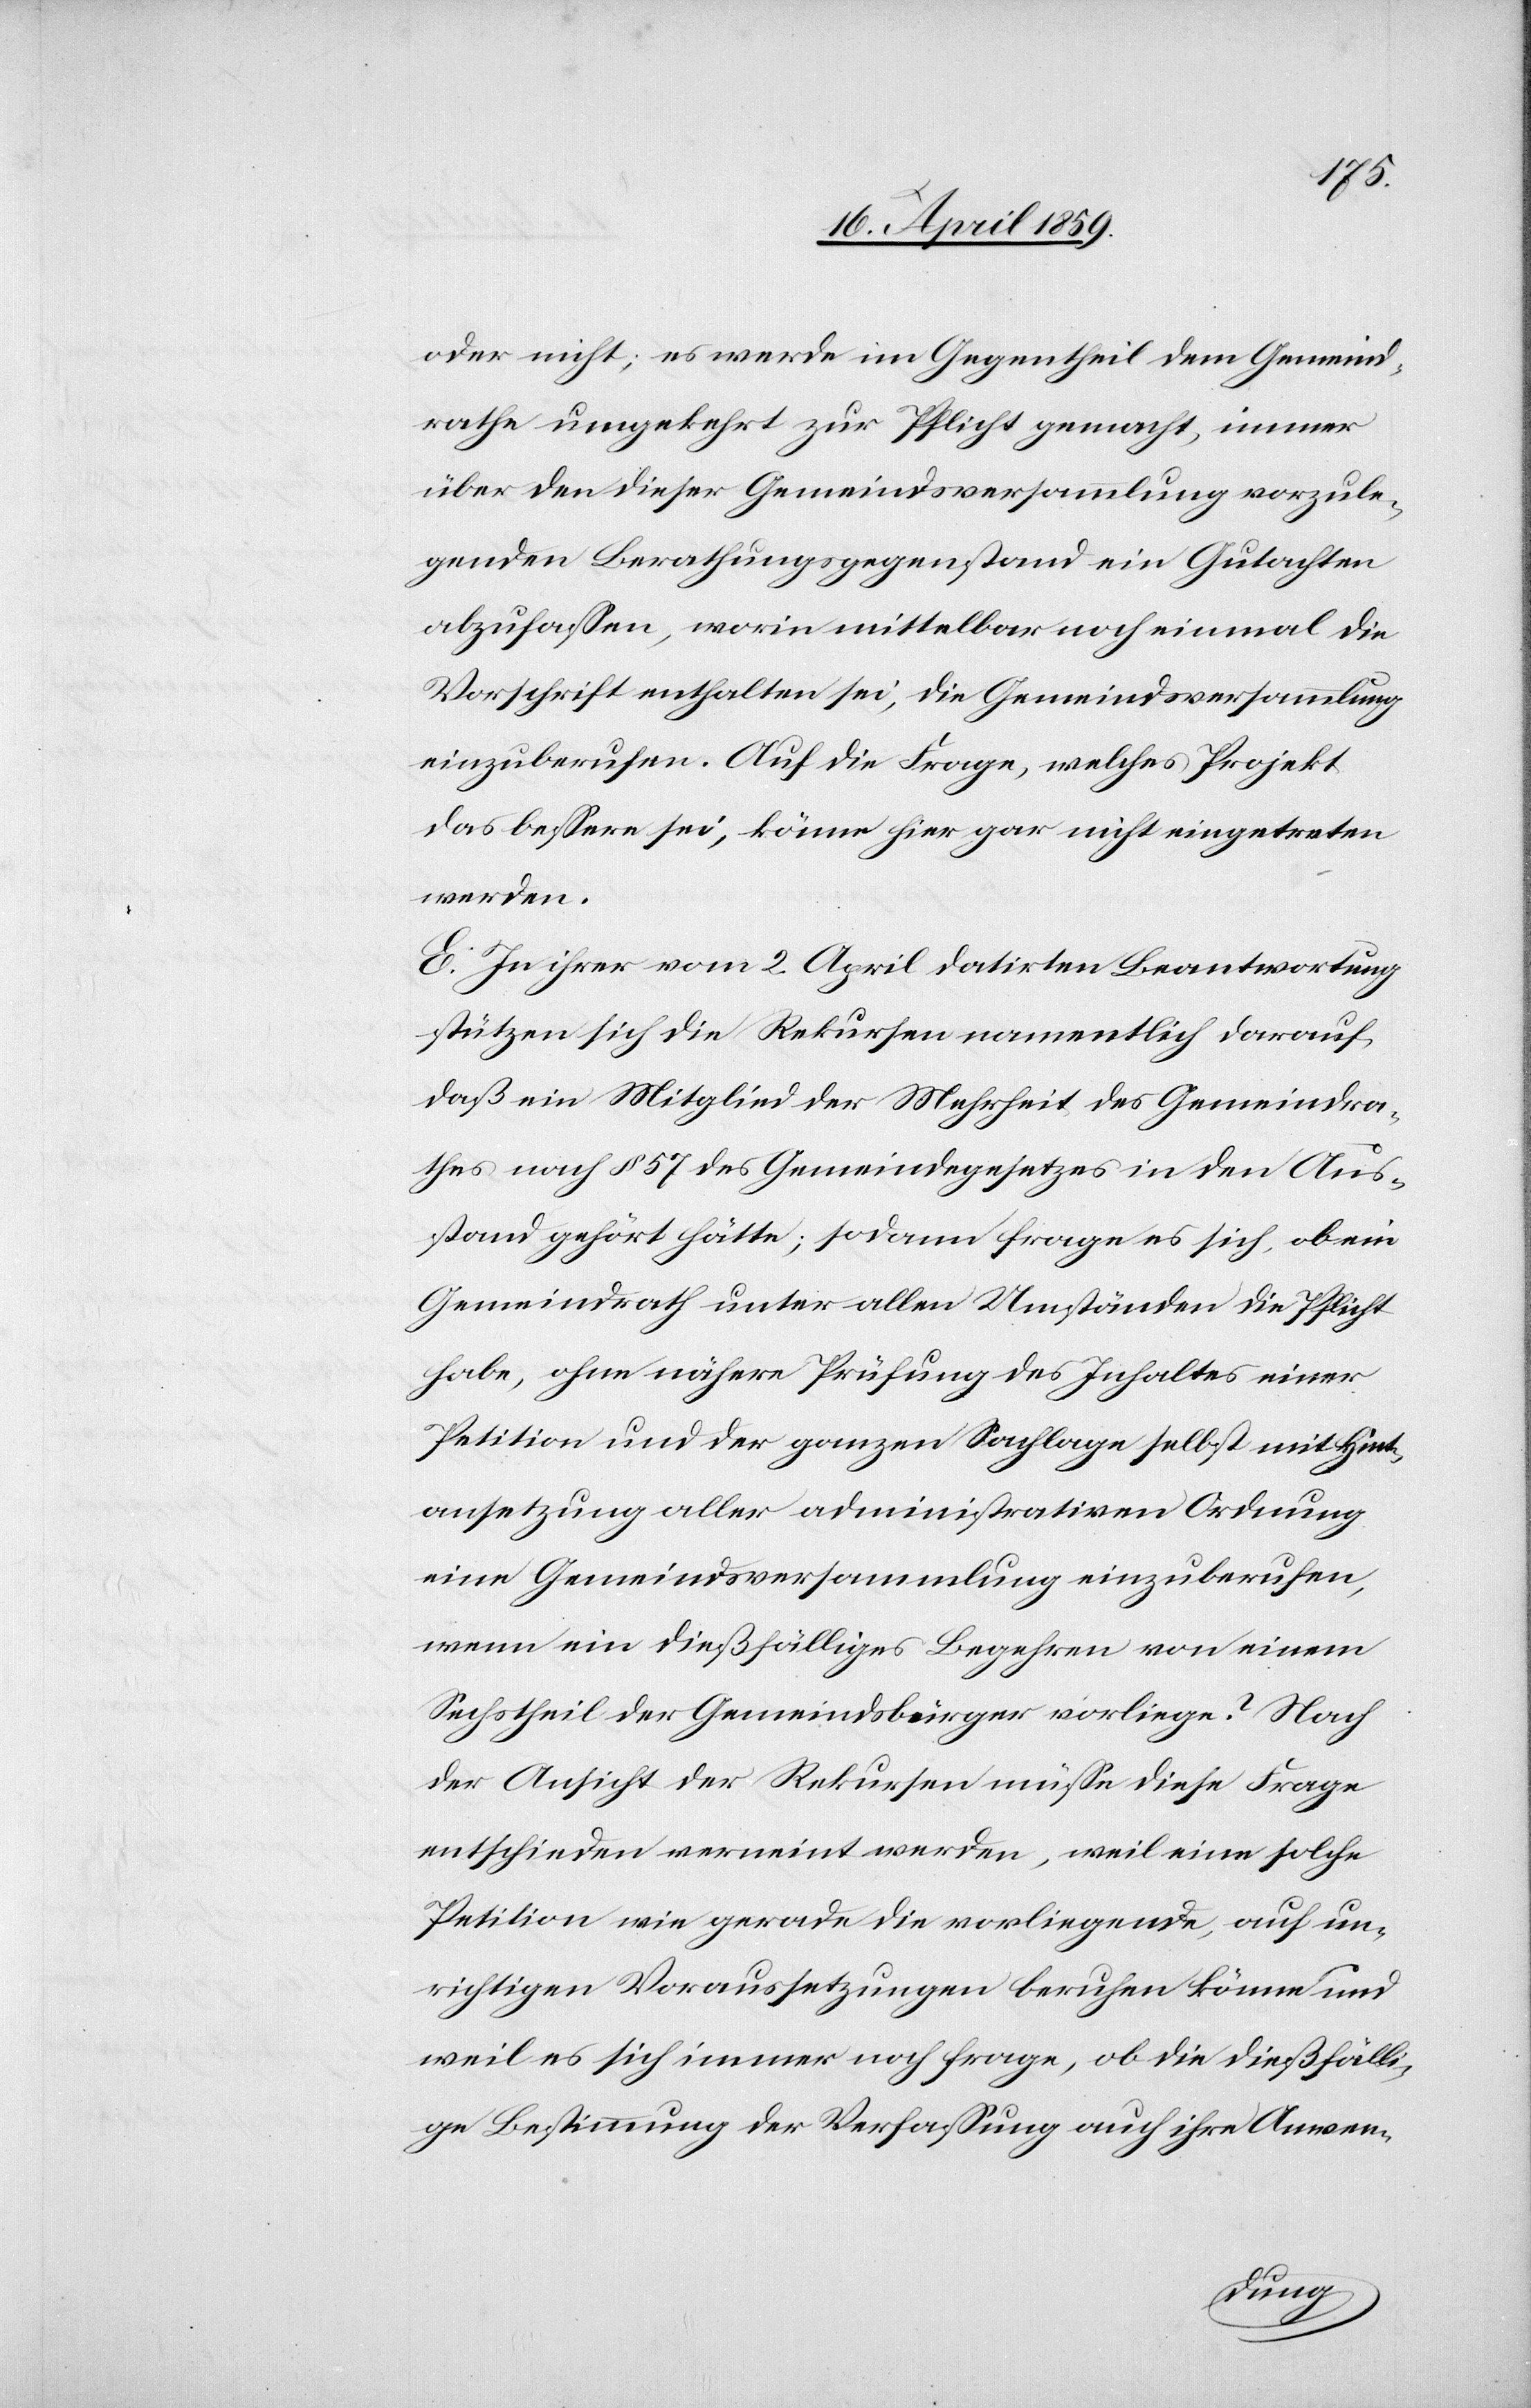
oder nicht; es werde im Gegentheil dem Gemeind¬
rathe umgekehrt zur Pflicht gemacht, immer
über den dieser Gemeindsversammlung vorzule¬
genden Berathungsgegenstand ein Gutachten
abzufaßen, worin mittelbar nach einmal die
Vorschrift enthalten sei, die Gemeindsversammlung
einzuberufen. Auf die Frage, welches Projekt
das beßere sei, könne hier gar nicht eingetreten
werden.
E. In ihrer vom 2. April datirten Beantwortung
stützen sich die Rekursen namentlich darauf,
daß ein Mitglied der Mehrheit des Gemeindra¬
thes nach § 57 des Gemeindegesetzes in den Aus¬
stand gehört hätte; sodann frage es sich, ob ein
Gemeindrath unter allen Umständen die Pflicht
habe, ohne nähere Prüfung des Inhaltes einer
Petition und der ganzen Sachlage selbst mit Hint¬
ansetzung aller administrativen Ordnung
eine Gemeindsversammlung einzuberufen,
wenn ein dießfälliges Begehren von einem
Sechstheil der Gemeindsbürger vorliege? Nach
der Ansicht der Rekursen müße diese Frage
entschieden verneint werden, weil eine solche
Petition wie gerade die vorliegende, auf un¬
richtigen Voraussetzungen beruhen könne und
weil es sich immer noch frage, ob die dießfälli¬
ge Bestimmung der Verfaßung auch ihre Anwen-